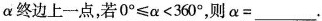
α终边上一点，若$$0 ° ≤ α < 3 6 0 °$$，则$$α = ____$$.